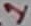
Text: 1